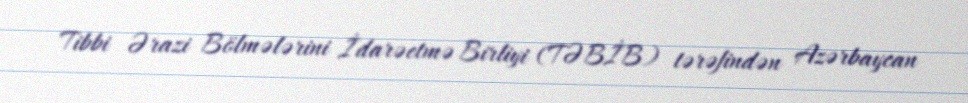
Tibbi Ərazi Bölmələrini İdarəetmə Birliyi (TƏBİB) tərəfindən Azərbaycan